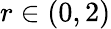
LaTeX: r\in(0,2)